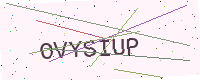
Text: OVYSIUP